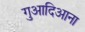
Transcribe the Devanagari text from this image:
गुआदिआना